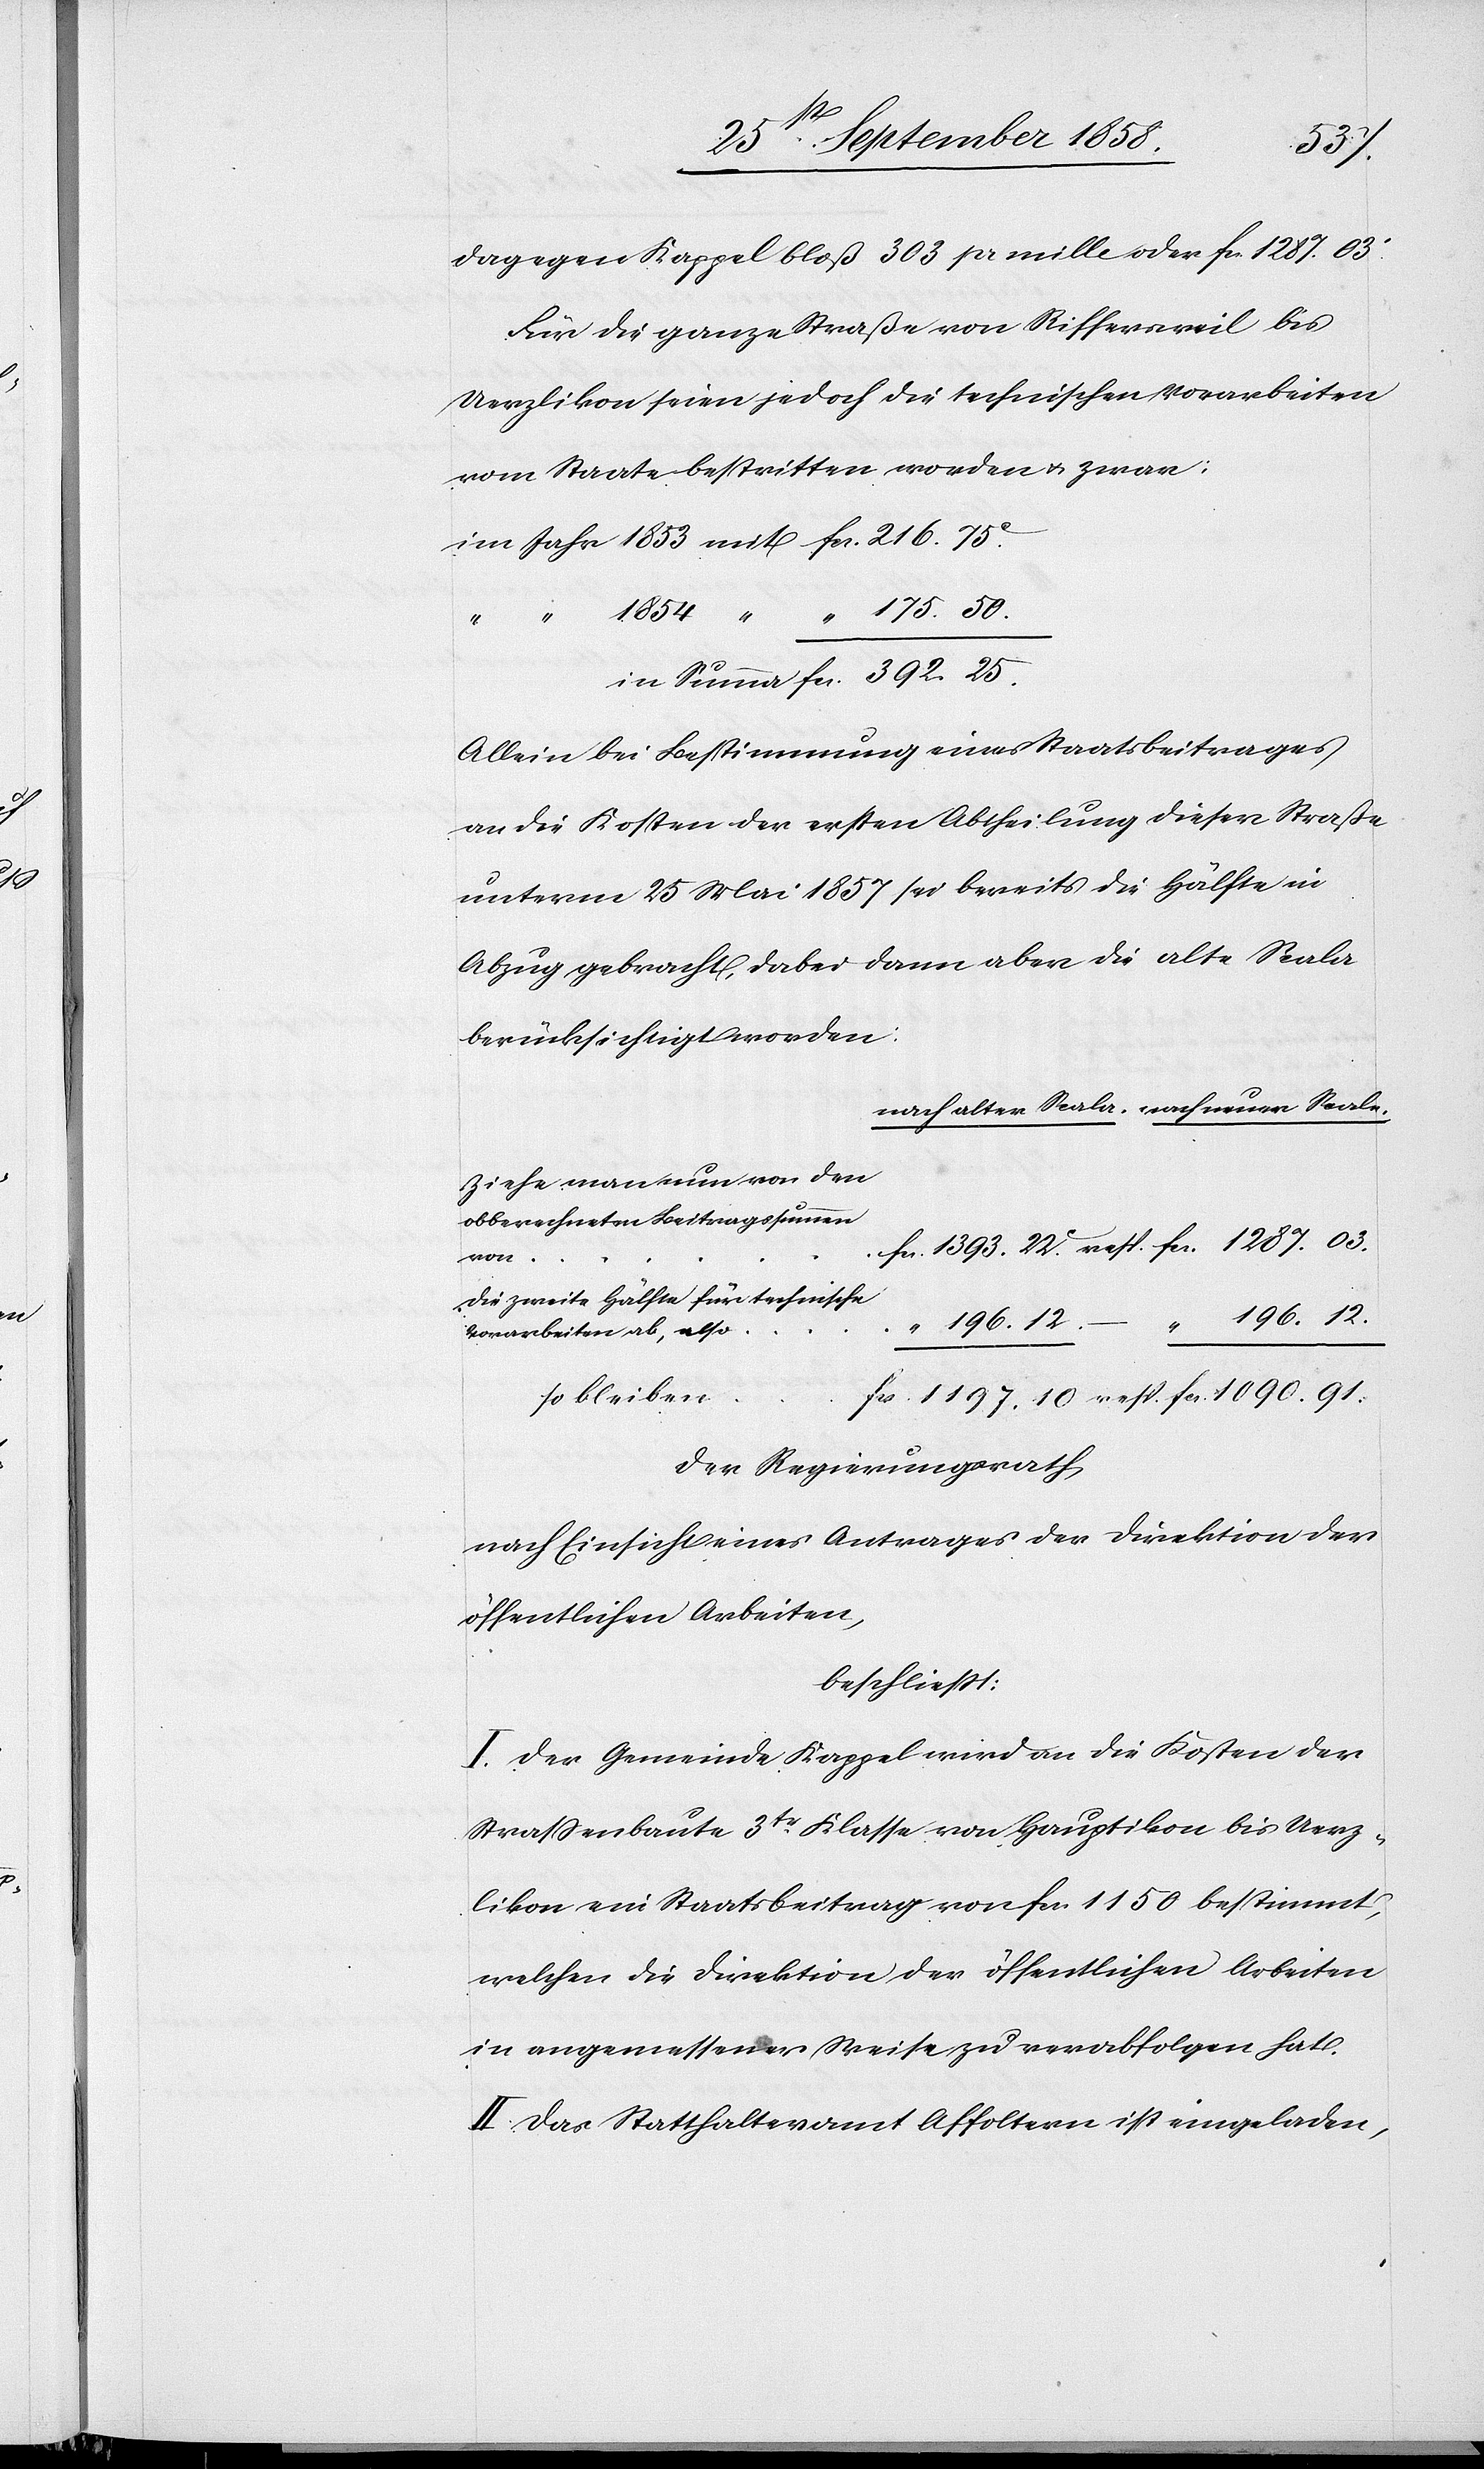
1287.
Für die ganze Straße von Riffersweil bis
Uerzlikon seien jedoch die technischen Vorarbeiten
vom Staate bestritten worden & zwar:
“ 175.50.
1090.91.
fcs.
Allein bei Bestimmung eines Staatsbeitrages
an die Kosten der ersten Abtheilung dieser Straße
unterm 25 Mai 1857 sei bereits die Hälfte in
Abzug gebracht, dabei dann aber die alte Scala
berücksichtigt worden:
Ziehe man nun von den
obberechneten Beitragssummen
von
die zweite Hälfte für technische
Vorarbeiten ab, also
so bleiben
Der Regierungsrath
nach Einsicht eines Antrages der Direktion der
öffentlichen Arbeiten,
beschliesst:
I. Der Gemeinde Kappel wird an die Kosten der
Strassenbaute 3tr Klasse von Hauptikon bis Uerz¬
likon ein Staatsbeitrag von fcs. 1150 bestimmt,
welchen die Direktion der öffentlichen Arbeiten
in angemessener Weise zu verabfolgen hat.
II. Das Statthalteramt Affoltern ist eingeladen,